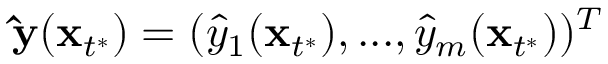
\mathbf { \hat { y } } ( \mathbf x _ { t ^ { * } } ) = ( { \hat { y } } _ { 1 } ( \mathbf x _ { t ^ { * } } ) , . . . , { \hat { y } } _ { m } ( \mathbf x _ { t ^ { * } } ) ) ^ { T }